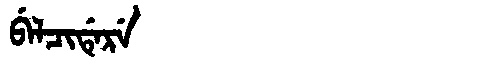
Manchu: ᠪᡝᠯᠴᡳᡩᡝᡵᡝ
Romanization: BELCIDERE